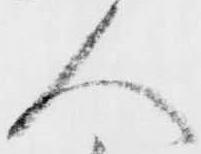
人